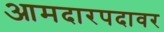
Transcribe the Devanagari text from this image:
आमदारपदावर